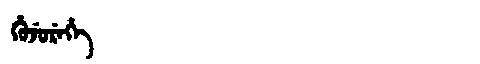
Manchu: ᡥᡠᠵᡠᡵᡝᡥᡝ
Romanization: HUJUREHE